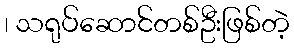
၊ သရုပ်ဆောင်တစ်ဦးဖြစ်တဲ့